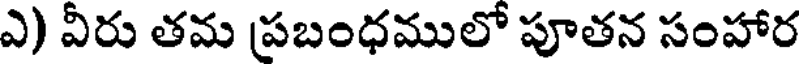
ఎ) వీరు తమ ప్రబంధములో పూతన సంహార